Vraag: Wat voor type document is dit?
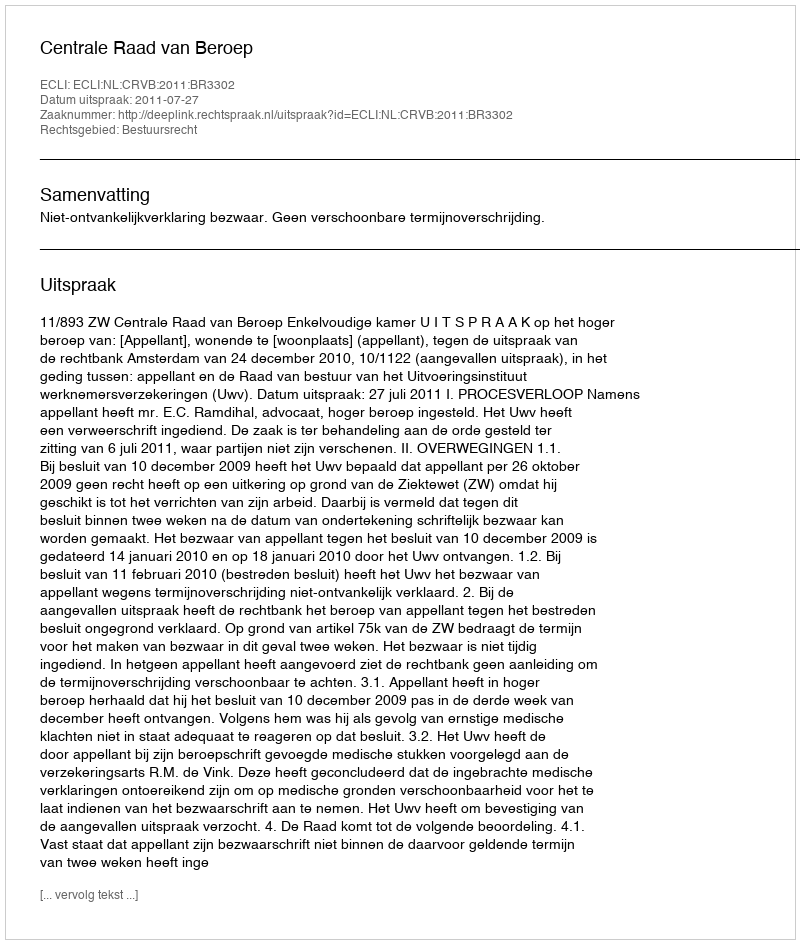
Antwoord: Uitspraak